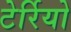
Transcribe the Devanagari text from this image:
टेर्रियो